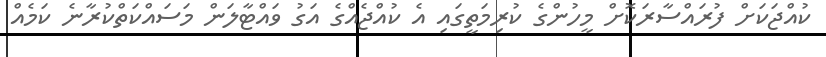
ކުއްޖަކަށް ފުރައްސާރަކޮށް މީހުންގެ ކުރިމަތީގައި އެ ކުއްޖެއްގެ އަގު ވައްޓާލަން މަސައްކަތްކުރާނެ ކަމެއް